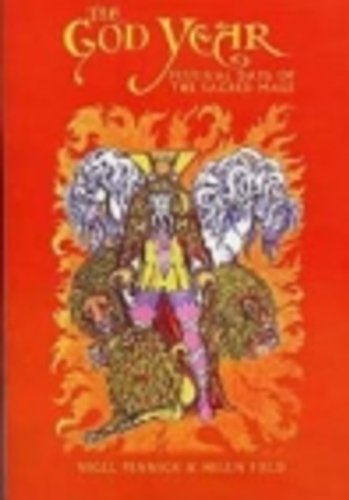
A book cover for The God Year: Festival Days of the Sacred Male; Nigel Pennick; Religion & Spirituality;